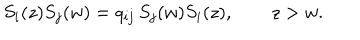
LaTeX: S _ { i } ( z ) S _ { j } ( w ) = q _ { i j } \, S _ { j } ( w ) S _ { i } ( z ) , \qquad z > w .